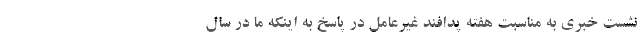
نشست خبری به مناسبت هفته پدافند غیرعامل در پاسخ به اینکه ما در سال